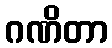
ဂဏိတာ